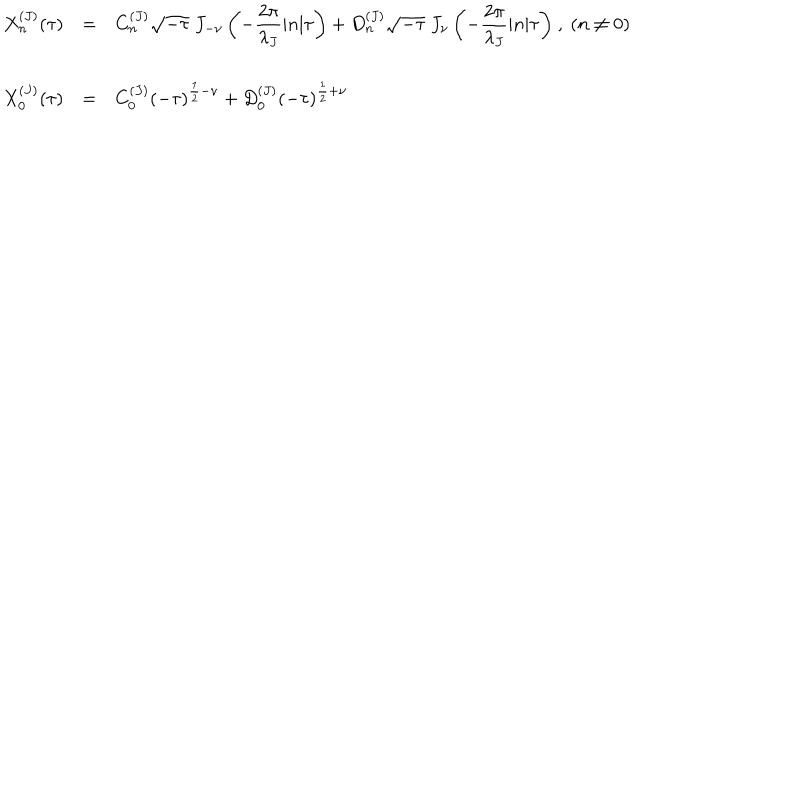
\begin{array} { l c l } { { X _ { n } ^ { ( J ) } ( \tau ) } } & { { = } } & { { { \displaystyle C _ { n } ^ { ( J ) } \sqrt { - \tau } ~ J _ { - \nu } \left( - \frac { 2 \pi } { \lambda _ { J } } | n | \tau \right) + D _ { n } ^ { ( J ) } \sqrt { - \tau } ~ J _ { \nu } \left( - \frac { 2 \pi } { \lambda _ { J } } | n | \tau \right) } ~ , ~ ( n \neq 0 ) } } \\ { { } } & { { } } & { { } } \\ { { X _ { 0 } ^ { ( J ) } ( \tau ) } } & { { = } } & { { { \displaystyle C _ { 0 } ^ { ( J ) } ( - \tau ) ^ { \frac { 1 } { 2 } - \nu } + D _ { 0 } ^ { ( J ) } ( - \tau ) ^ { \frac { 1 } { 2 } + \nu } } } } \\ \end{array}